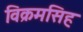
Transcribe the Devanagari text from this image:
विक्रमसिह